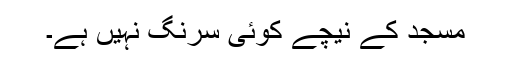
مسجد کے نیچے کوئی سرنگ نہیں ہے۔